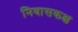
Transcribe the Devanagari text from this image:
निवासकक्ष